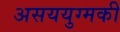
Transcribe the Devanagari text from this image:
असययुग्मकी